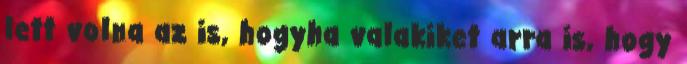
lett volna az is, hogyha valakiket arra is, hogy